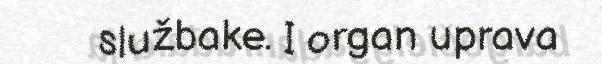
službake. I organ uprava